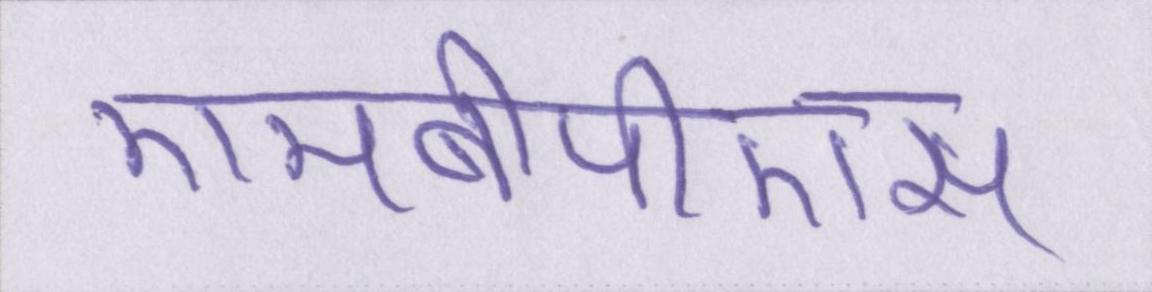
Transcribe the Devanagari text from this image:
एमबीपीएस